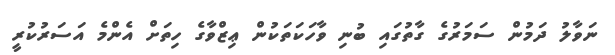
ނަވާލު ދަމުން ސަމަރުގެ ގާތުގައި ބުނި ވާހަކަތަކުން ޢިޒްވާގެ ހިތަށް އެންމެ އަސަރުކުރީ